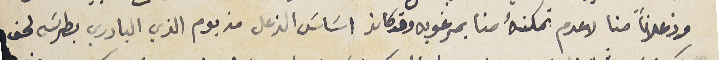
وزعلاناً منا لاعدم تمكنهُ منا بمرغوبه وقد كان اسَاسَ الزعل من يوم الذي البادري بطرسَ لحق